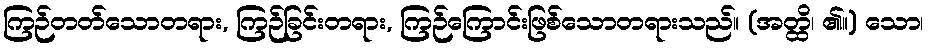
ကြဉ်တတ်သောတရား, ကြဉ်ခြင်းတရား, ကြဉ်ကြောင်းဖြစ်သောတရားသည်။ (အတ္ထိ၊ ၏။) သော၊